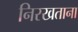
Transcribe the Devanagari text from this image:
निरखताना